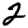
Digit: 2